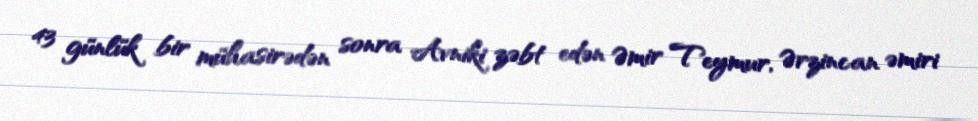
43 günlük bir mühasirədən sonra Avniki zəbt edən Əmir Teymur, Ərzincan əmiri